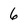
Character: 6